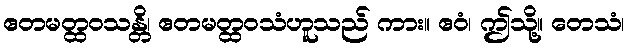
ဧတမတ္ထဝသန္တိ၊ ဧတမတ္ထဝသံဟူသည် ကား။ ဧဝံ၊ ဤသို့။ တေသံ၊